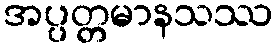
အပ္ပတ္တမာနသဿ